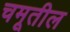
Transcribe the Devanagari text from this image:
चमूतील